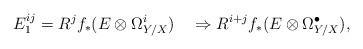
LaTeX: \begin{align*} E_1^{ij}=R^j f_* (E\otimes \Omega_{Y/X}^i) \quad\Rightarrow R^{i+j} f_*(E\otimes\Omega^\bullet_{Y/X}),\end{align*}